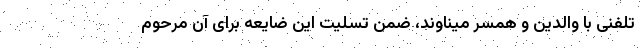
تلفنی با والدین و همسر میناوند، ضمن تسلیت این ضایعه برای آن مرحوم